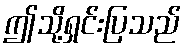
ဤသို့ရှင်းပြသည်